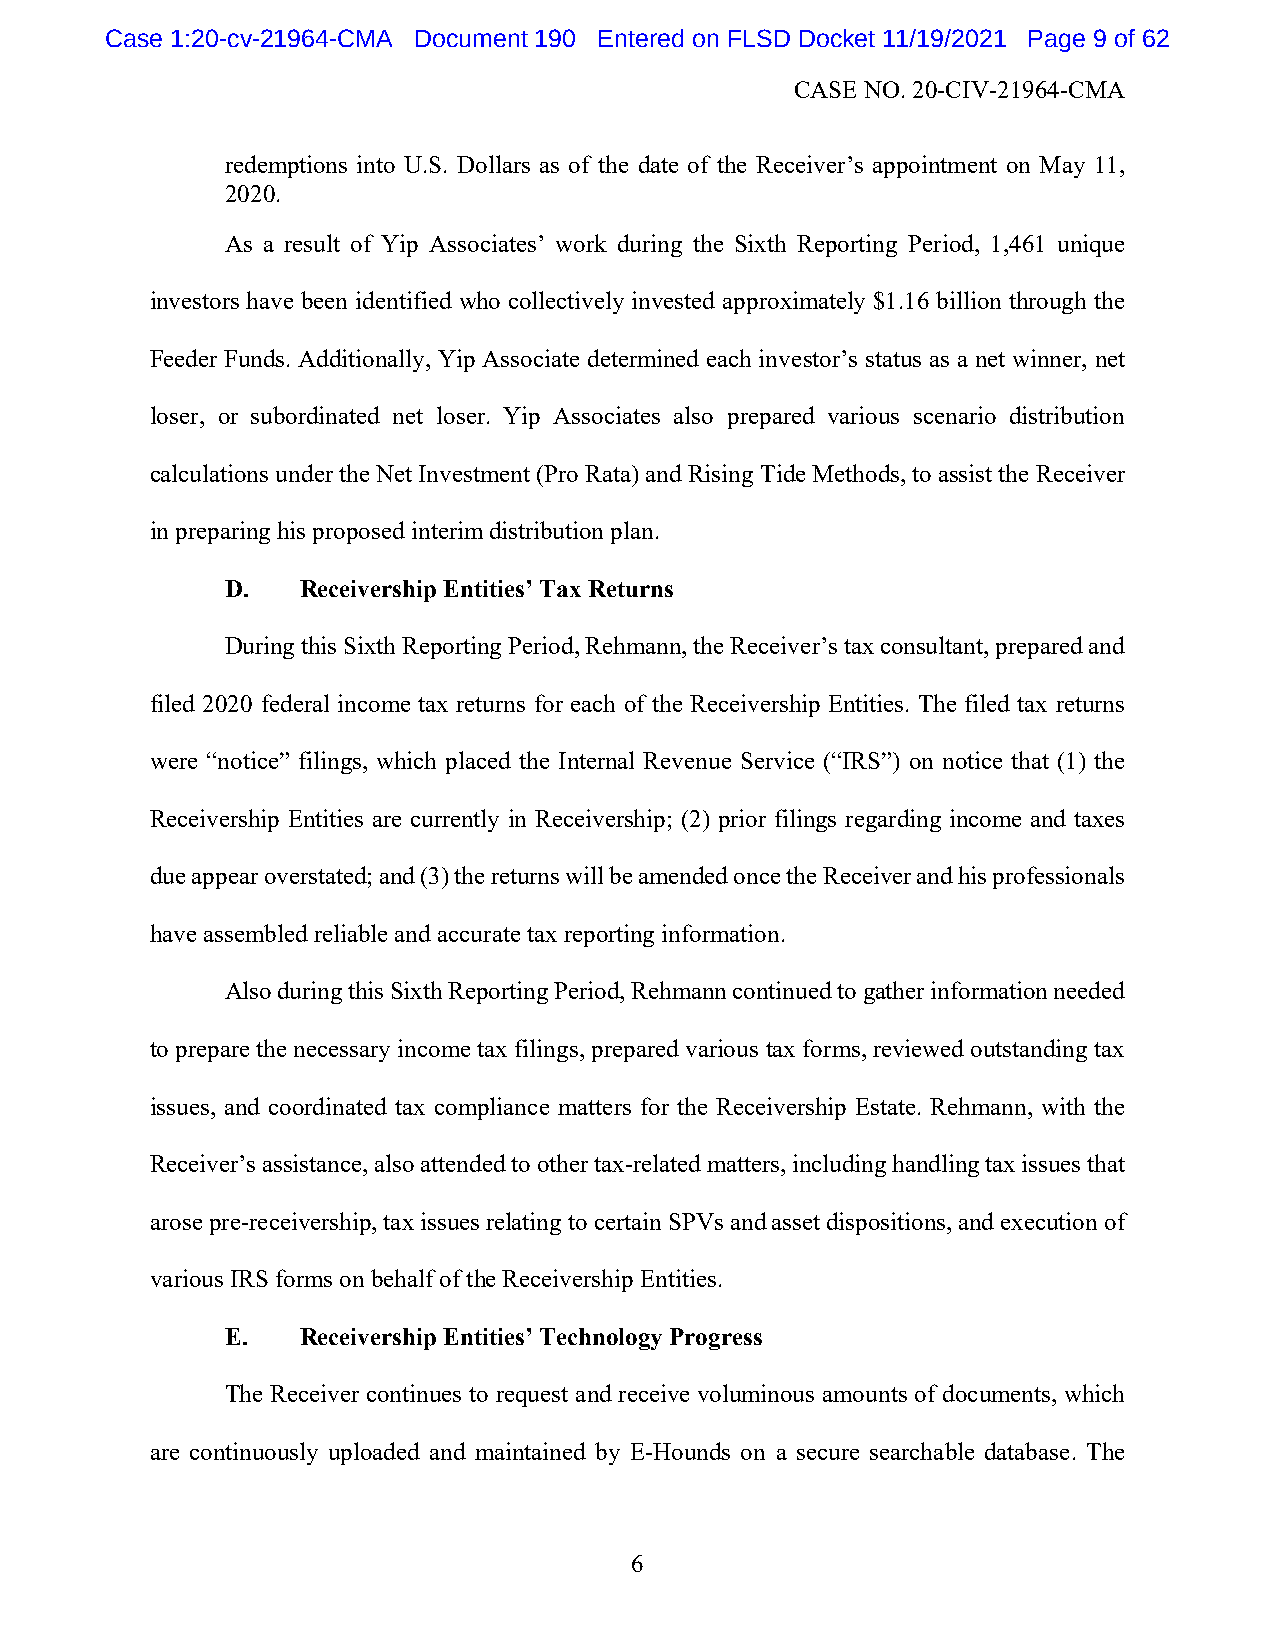
Case 1:20-cv-21964-CMA Document 190 Entered on FLSD Docket 11/19/2021 Page 9 of 62
 CASE NO. 20-CIV-21964-CMA
 redemptions into U.S. Dollars as of the date of the Receiver’s appointment on May 11,
 2020.
 As a result of Yip Associates’ work during the Sixth Reporting Period, 1,461 unique
 investors have been identified who collectively invested approximately $1.16 billion through the
 Feeder Funds. Additionally, Yip Associate determined each investor’s status as a net winner, net
 loser, or subordinated net loser. Yip Associates also prepared various scenario distribution
 calculations under the Net Investment (Pro Rata) and Rising Tide Methods, to assist the Receiver
 in preparing his proposed interim distribution plan.
 D.   Receivership Entities’ Tax Returns
 During this Sixth Reporting Period, Rehmann, the Receiver’s tax consultant, prepared and
 filed 2020 federal income tax returns for each of the Receivership Entities. The filed tax returns
 were “notice” filings, which placed the Internal Revenue Service (“IRS”) on notice that (1) the
 Receivership Entities are currently in Receivership; (2) prior filings regarding income and taxes
 due appear overstated; and (3) the returns will be amended once the Receiver and his professionals
 have assembled reliable and accurate tax reporting information.
 Also during this Sixth Reporting Period, Rehmann continued to gather information needed
 to prepare the necessary income tax filings, prepared various tax forms, reviewed outstanding tax
 issues, and coordinated tax compliance matters for the Receivership Estate. Rehmann, with the
 Receiver’s assistance, also attended to other tax-related matters, including handling tax issues that
 arose pre-receivership, tax issues relating to certain SPVs and asset dispositions, and execution of
 various IRS forms on behalf of the Receivership Entities.
 E.   Receivership Entities’ Technology Progress
 The Receiver continues to request and receive voluminous amounts of documents, which
 are continuously uploaded and maintained by E-Hounds on a secure searchable database. The
 6